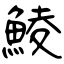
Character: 鯪